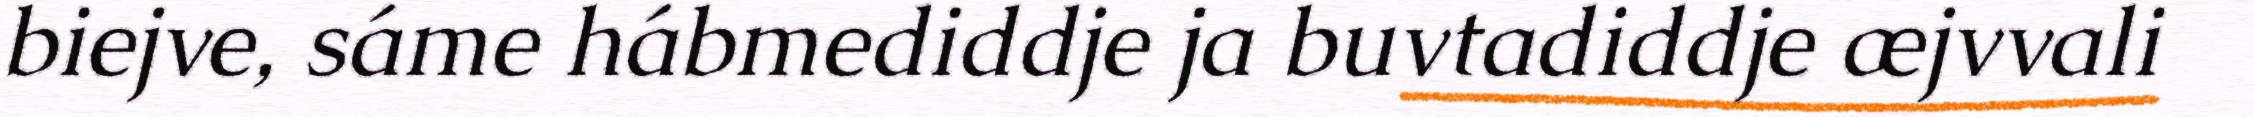
biejve, sáme hábmediddje ja buvtadiddje æjvvali